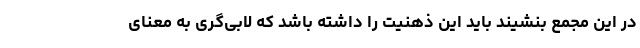
در این مجمع بنشیند باید این ذهنیت را داشته باشد که لابی‌گری به معنای